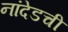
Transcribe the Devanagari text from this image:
नांदेडची